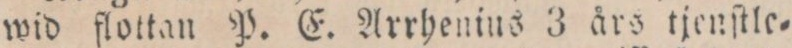
wid flottan P. E. Arrhenius 3 års tjenſtle=